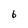
Character: 6